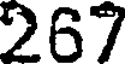
267